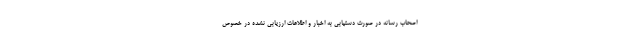
اصحاب رسانه در صورت دستیابی به اخبار و اطلاعات ارزیابی نشده در خصوص